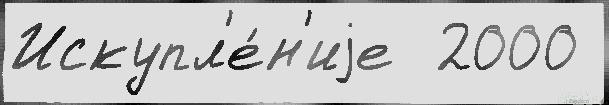
Искупл'е́н'иjе  2000